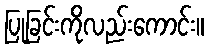
ပြုခြင်းကိုလည်းကောင်း။